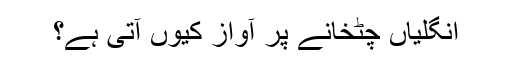
انگلیاں چٹخانے پر آواز کیوں آتی ہے؟